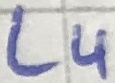
Text: L4